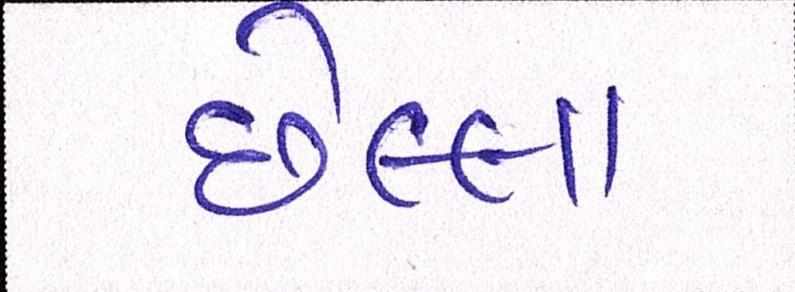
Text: છેલ્લા